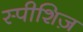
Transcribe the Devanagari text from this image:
स्पीशिज़